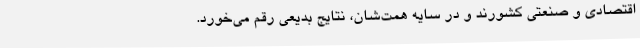
اقتصادی و صنعتی کشورند و در سایه همت‌شان، نتایج بدیعی رقم می‌خورد.